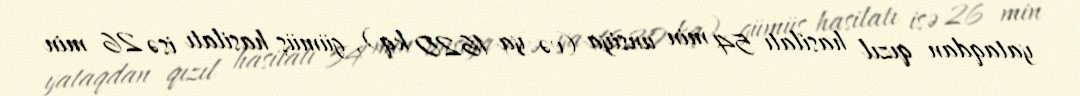
yataqdan qızıl hasilatı 54 min unsiya (və ya 1620 kq), gümüş hasilatı isə 26 min